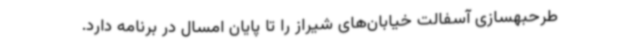
طرحبهسازی آسفالت خیابان‌های شیراز را تا پایان امسال در برنامه دارد.